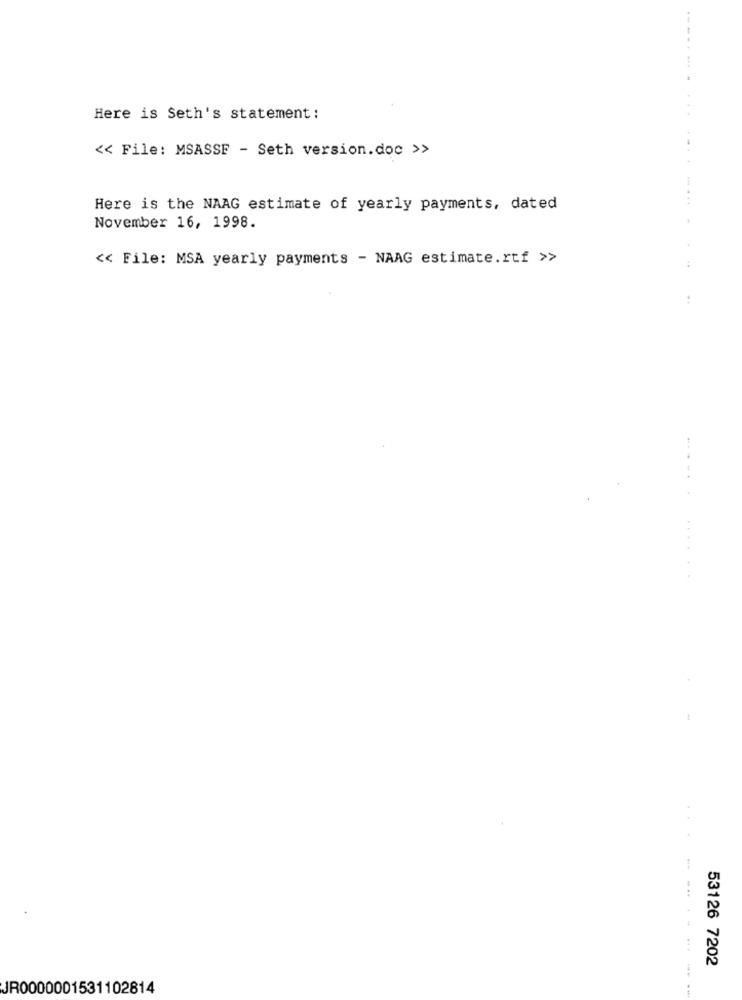
Here is Seth's statement :
<< File: MSASSF - Seth version.doc >>
...
Here is the NAAG estimate of yearly payments, dated
November 16, 1998.
<< File: MSA yearly payments - NAAG estimate.rtf >>
:
:
.....
.....
53126 7202
JR0000001531102814